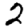
Digit: 2